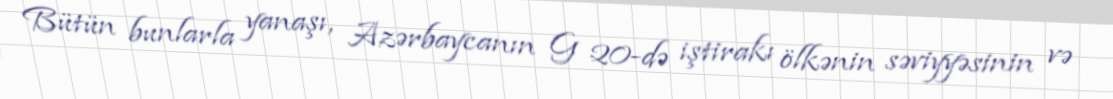
Bütün bunlarla yanaşı, Azərbaycanın G 20-də iştirakı ölkənin səviyyəsinin və